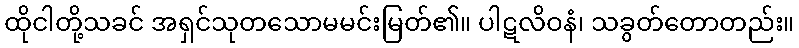
ထိုငါတို့သခင် အရှင်သုတသောမမင်းမြတ်၏။ ပါဋလိဝနံ၊ သခွတ်တောတည်း။